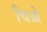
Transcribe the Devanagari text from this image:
चिओ